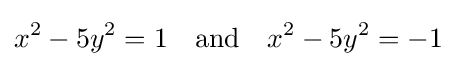
x^{2}-5y^{2}=1\quad {\text{and}}\quad x^{2}-5y^{2}=-1